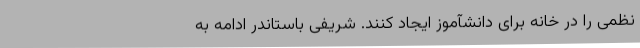
نظمی را در خانه برای دانشآموز ایجاد کنند. شریفی باستاندر ادامه به